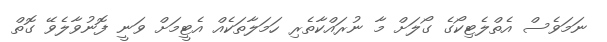
ނަމަވެސް އެތްލެޓިކޯގެ ގޯލަށް މާ ނުރައްކާތެރި ހަމަލާތަކެއް އެޓީމަށް ވަނީ ފޮނުވާލެވޭ ގޮތް